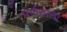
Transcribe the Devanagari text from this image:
पर्णशाला